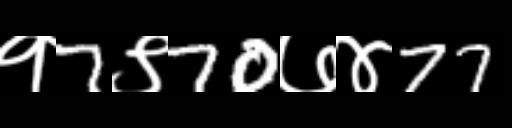
Text: १7९70७४77